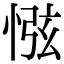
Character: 惤